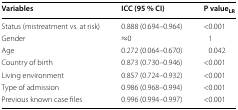
<table><thead><tr><td><b>Variables</b></td><td><b>ICC (95 % CI)</b></td><td><b>P value<sub>LR</sub></b></td></tr></thead><tbody><tr><td>Status (mistreatment vs. at risk)</td><td>0.888 (0.694–0.964)</td><td>&lt;0.001</td></tr><tr><td>Gender</td><td>≈0</td><td>1</td></tr><tr><td>Age</td><td>0.272 (0.064–0.670)</td><td>0.042</td></tr><tr><td>Country of birth</td><td>0.873 (0.730–0.946)</td><td>&lt;0.001</td></tr><tr><td>Living environment</td><td>0.857 (0.724–0.932)</td><td>&lt;0.001</td></tr><tr><td>Type of admission</td><td>0.986 (0.968–0.994)</td><td>&lt;0.001</td></tr><tr><td>Previous known case files</td><td>0.996 (0.994–0.997)</td><td>&lt;0.001</td></tr></tbody></table>